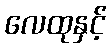
လေထုနှင့်